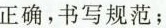
正确，书写规范；